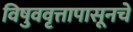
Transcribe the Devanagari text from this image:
विषुववृत्तापासूनचे